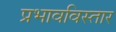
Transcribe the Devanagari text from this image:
प्रभावविस्तार